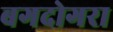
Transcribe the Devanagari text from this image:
बगदोगरा